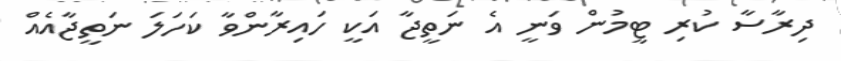
ދިރާސާ ކުރި ޓީމުން ވަނީ އެ ނަތީޖާ އަކީ ހައިރާންވާ ކަހަލަ ނަތީޖާއެއް